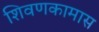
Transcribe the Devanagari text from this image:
शिवणकामास